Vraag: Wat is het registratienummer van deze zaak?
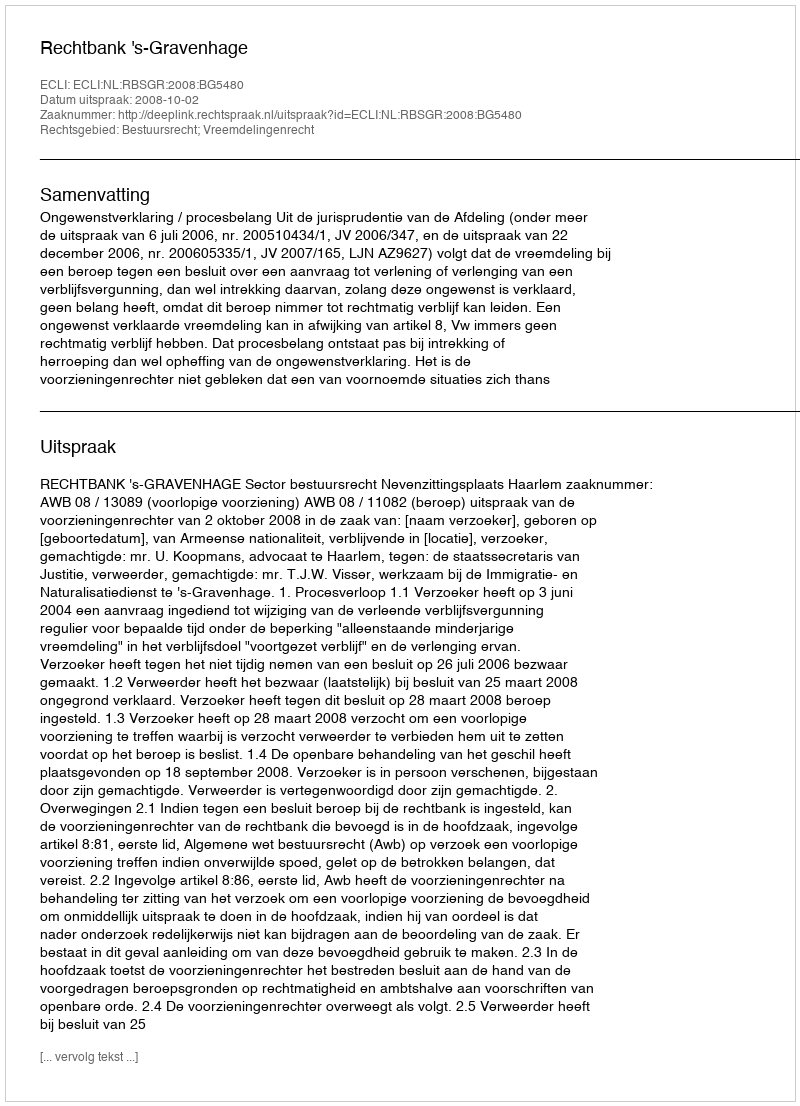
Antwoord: http://deeplink.rechtspraak.nl/uitspraak?id=ECLI:NL:RBSGR:2008:BG5480